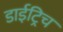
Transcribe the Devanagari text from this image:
डाईट्रिच